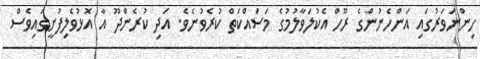
ހިންނަވަރުގައި އަންހެނުންގެ ރޫހް އެކުލަވާލުމުގެ މަސައްކަތް ކުރެވުނެވެ. އަދި ކުރެންދޫ އާ އޮޅުވެލިފުށީގައިވެސް